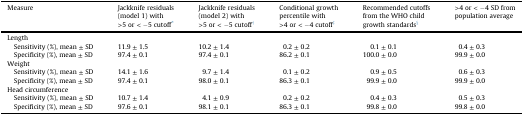
| Measure | Jackknife residuals (model 1) with >5 or < −5 cutoff∗ | Jackknife residuals (model 2) with >5 or < −5 cutoff† | Conditional growth percentile with >4 or < −4 cutoff‡ | Recommended cutoffs from the WHO child growth standards§ | >4 or < −4 SD from population average |
 | --- | --- | --- | --- | --- | --- |
 | Length |  |  |  |  |  |
 | Sensitivity (%), mean ± SD | 11.9 ± 1.5 | 10.2 ± 1.4 | 0.2 ± 0.2 | 0.1 ± 0.1 | 0.4 ± 0.3 |
 | Specificity (%), mean ± SD | 97.4 ± 0.1 | 97.4 ± 0.1 | 86.2 ± 0.1 | 100.0 ± 0.0 | 99.9 ± 0.0 |
 | Weight |  |  |  |  |  |
 | Sensitivity (%), mean ± SD | 14.1 ± 1.6 | 9.7 ± 1.4 | 0.1 ± 0.2 | 0.9 ± 0.5 | 0.6 ± 0.3 |
 | Specificity (%), mean ± SD | 97.4 ± 0.1 | 98.0 ± 0.1 | 86.3 ± 0.1 | 99.9 ± 0.0 | 99.9 ± 0.0 |
 | Head circumference |  |  |  |  |  |
 | Sensitivity (%), mean ± SD | 10.7 ± 1.4 | 4.1 ± 0.9 | 0.2 ± 0.2 | 0.4 ± 0.3 | 0.5 ± 0.3 |
 | Specificity (%), mean ± SD | 97.6 ± 0.1 | 98.1 ± 0.1 | 86.3 ± 0.1 | 99.8 ± 0.0 | 99.8 ± 0.0 |